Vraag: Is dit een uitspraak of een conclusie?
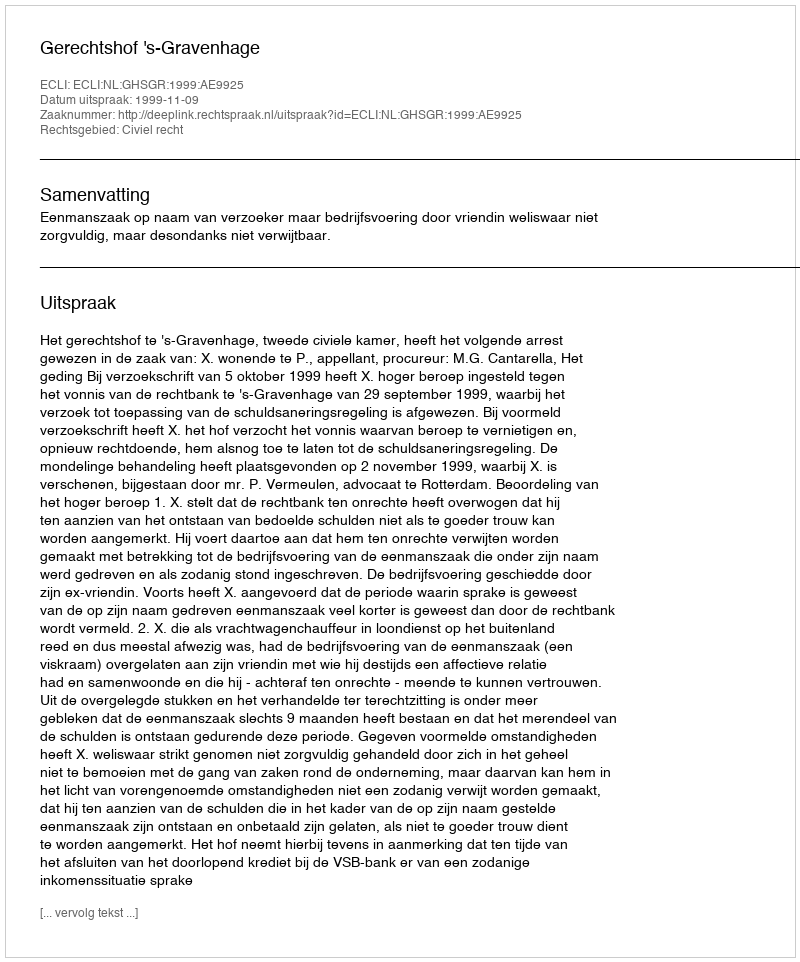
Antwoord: Uitspraak